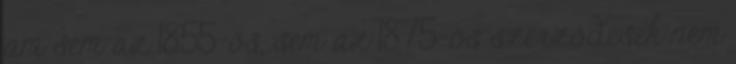
ám sem az 1855-ös, sem az 1875-ös szerződések nem